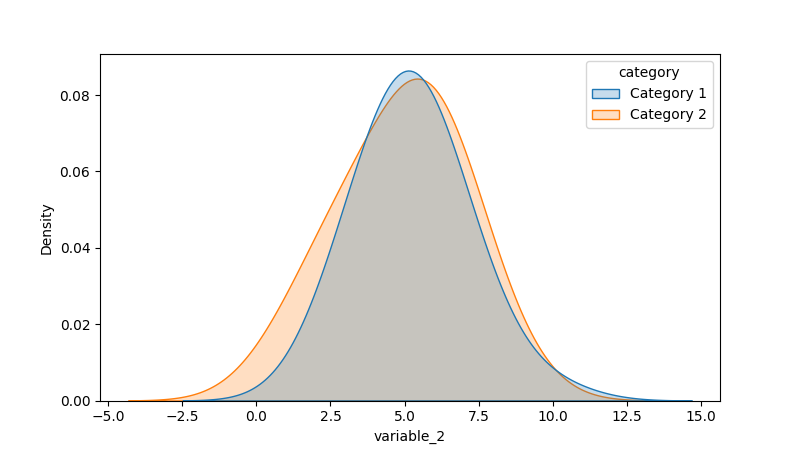
python, seaborn, kdeplot, hue='category', fill=True, bw_adjust=2.0